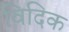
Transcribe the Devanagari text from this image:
विदिक